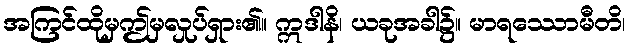
အကြင်ထိုမှဤမှလှုပ်ရှား၏။ ဣဒါနိ၊ ယခုအခါ၌။ မာရဿောမီတိ၊